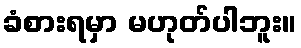
ခံစားရမှာ မဟုတ်ပါဘူး။